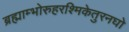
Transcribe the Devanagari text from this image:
ब्रह्माम्भोरुहरश्मिकेतुरनघो